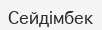
Сейдімбек